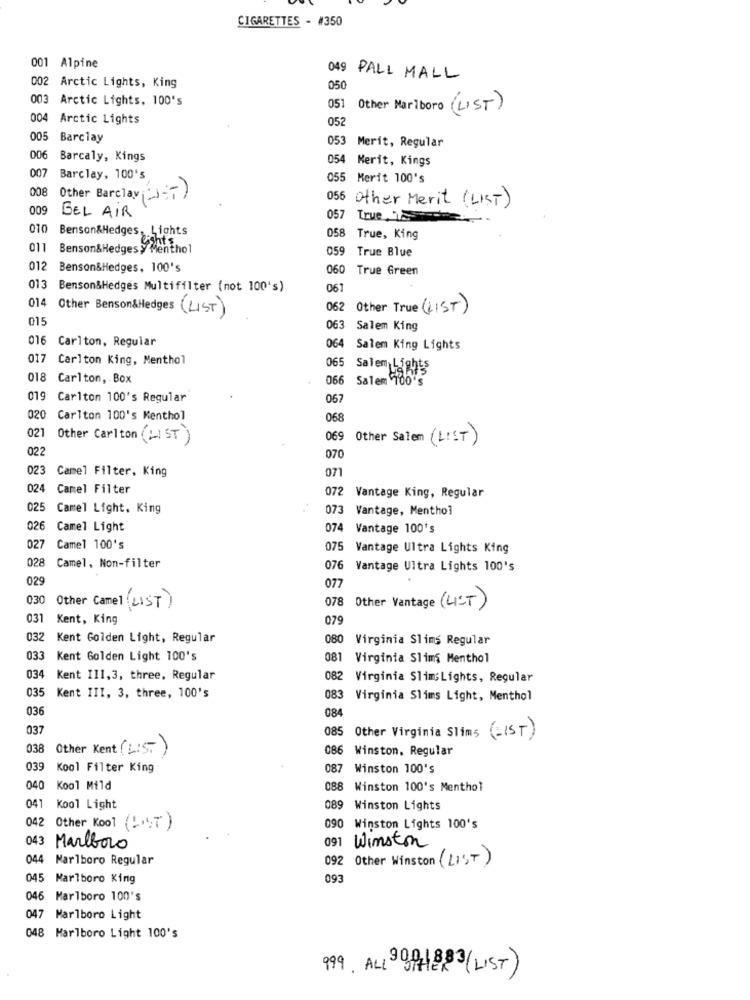
CIGARETTES - #350
001 Alpine
049
PALL MALL
002 Arctic Lights, King
050
003 Arctic Lights, 100's
051
Other Marlboro (LIST)
004 Arctic Lights
052
005
Barclay
053 Merit, Regular
006
Barcaly, Kings
054 Merit, Kings
007
Barclay, 100's
055 Merit 100's
008
Other Barclay(T)
056 Other Merit ( LIST)
009
BEL AIR
057 True,
010 Benson&Hedges, Lights
058 True, King
011 Benson&Hedges y Menthol
059 True Blue
012
Benson&Hedges, 100's
060 True Green
013 Benson&Hedges Multifilter (not 100's)
067
014 Other Benson&Hedges (LIST)
062 Other True (LIST)
015
063 Salem King
016 Carlton, Regular
064 Salem King Lights
017 Carlton King, Menthol
018 Carlton, Box
065 Salem Lights
066 Salem 706
019 Carlton 100's Regular
067
020 Carlton 100's Menthol
068
021
Other Carlton (LIST
069
Other Salem (LIST)
022
070
023
Camel Filter, King
071
024 Camel Filter
072 Vantage King, Regular
025
Camel Light, King
073 Vantage, Menthol
026 Camel Light
074 Vantage 100's
027
Camel 100's
075 Vantage Ultra Lights King
028
Camel, Non-filter
076 Vantage Ultra Lights 100's
029
077
030
Other Camel LIST )
078 Other Vantage (LIST)
031
Kent, King
079
032
Kent Golden Light, Regular
080 Virginia Slims Regular
033
Kent Golden Light 100's
081
Virginia Slims Menthol
034
Kent 111,3, three, Regular
082 Virginia Slim;Lights, Regular
035
Kent III, 3, three, 100's
083 Virginia Slims Light, Menthol
036
084
037
085 Other Virginia Slims (-IST)
038
Other Kent (LIST )
086 Winston, Regular
039
Kool Filter King
087 Winston 100's
040 Kool Mild
088 Winston 100's Menthol
041 Kool Light
089 Winston Lights
042 Other Kool ( !. T )
090 Winston Lights 100's
091
043 Marlboro
Winston
044
Marlboro Regular
092 Other Winston (LIST)
045 Marlboro King
093
046 Marlboro 100's
047 Marlboro Light
048 Marlboro Light 100's
999. ALL 3OPH8 83(LIST)